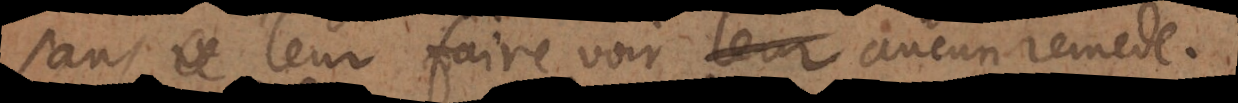
sans leur faire voir aucun remede.